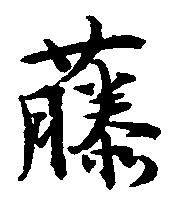
藤